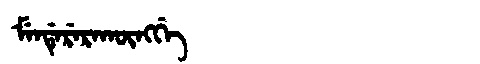
Manchu: ᠮᡝᠨᡩᡝᡵᡝᡵᠠᡴᡡᠩᡤᡝ
Romanization: MENDERERAKŪNGGE